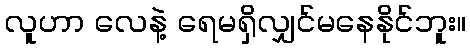
လူဟာ လေနဲ့ ရေမရှိလျှင်မနေနိုင်ဘူး။